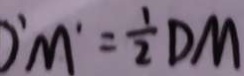
O ^ { \prime } M ^ { \prime } = \frac { 1 } { 2 } D M